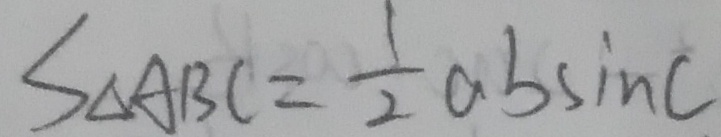
S _ { \Delta } A B C = \frac { 1 } { 2 } a b \sin C